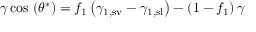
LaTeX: \gamma \cos \, \left( \theta ^ { * } \right) = f _ { 1 } \left( \gamma _ { \mathrm { 1 , s v } } - \gamma _ { \mathrm { 1 , s l } } \right) - \left( 1 - f _ { 1 } \right) \gamma